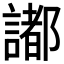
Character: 𧬥